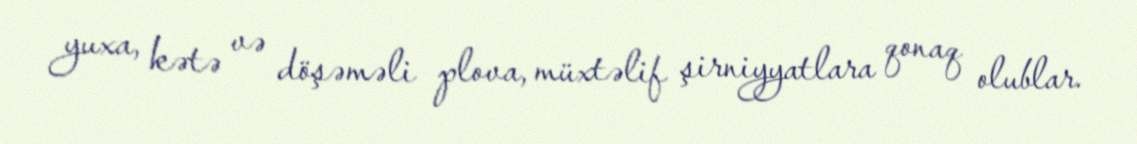
yuxa, kətə və döşəməli plova, müxtəlif şirniyyatlara qonaq olublar.